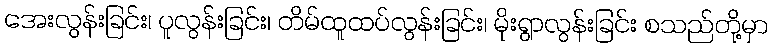
အေးလွန်းခြင်း၊ ပူလွန်းခြင်း၊ တိမ်ထူထပ်လွန်းခြင်း၊ မိုးရွာလွန်းခြင်း စသည်တို့မှာ